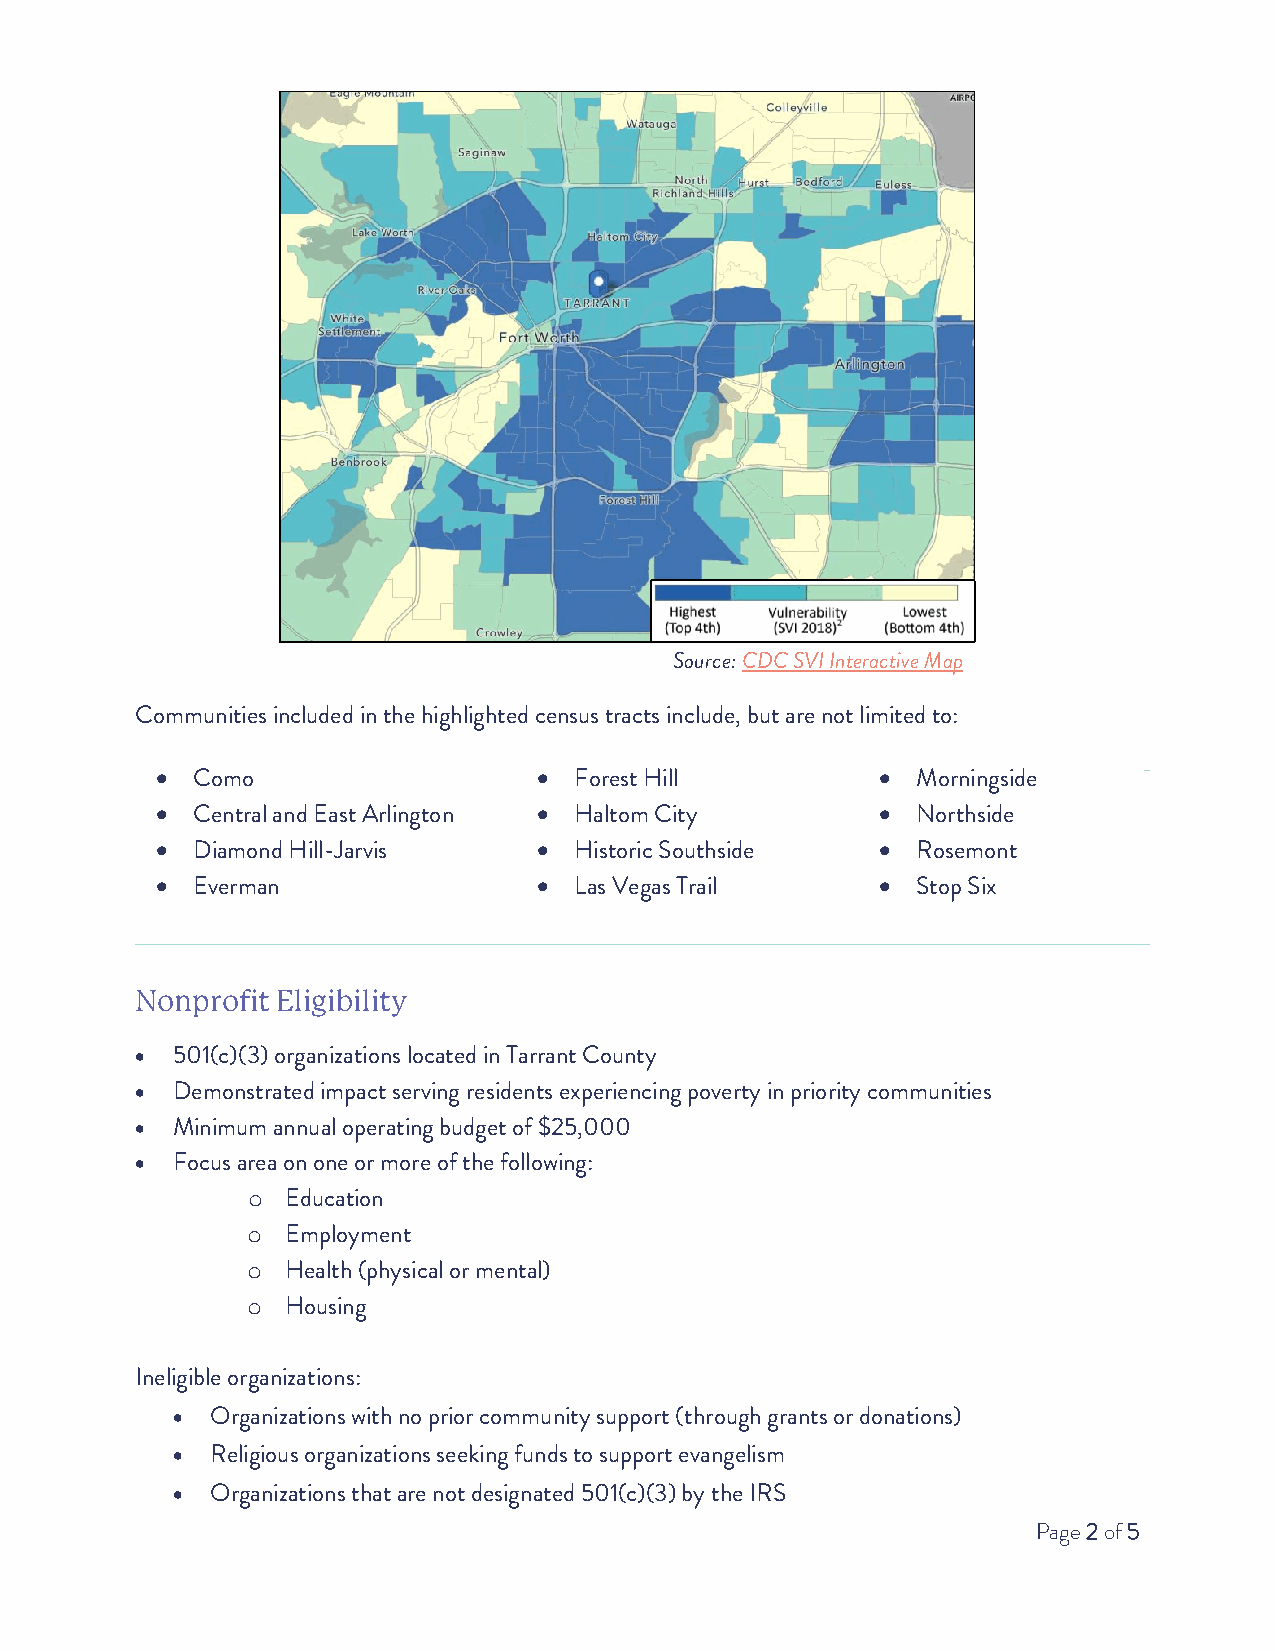
Source: CDC SVI Interactive Map
 Communities included in the highlighted census tracts include, but are not limited to:
 •  Como                   • Forest Hill         •  Morningside
 •  Central and East Arlington • Haltom City     •  Northside
 •  Diamond Hill-Jarvis    • Historic Southside  •  Rosemont
 •  Everman                • Las Vegas Trail     •  Stop Six
 Nonprofit Eligibility
 • 501(c)(3) organizations located in Tarrant County
 • Demonstrated impact serving residents experiencing poverty in priority communities
 • Minimum annual operating budget of $25,000
 • Focus area on one or more of the following:
 Education
 o
 Employment
 o
 Health (physical or mental)
 o
 Housing
 o
 Ineligible organizations:
 •  Organizations with no prior community support (through grants or donations)
 •  Religious organizations seeking funds to support evangelism
 •  Organizations that are not designated 501(c)(3) by the IRS
 Page 2 of 5